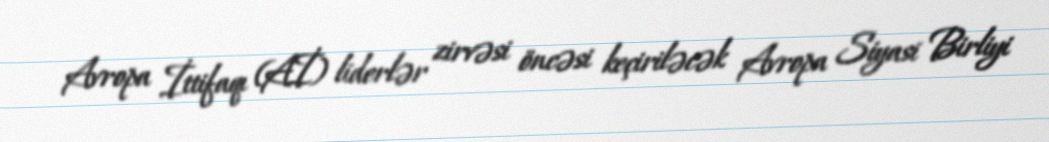
Avropa İttifaqı (Aİ) liderlər zirvəsi öncəsi keçiriləcək Avropa Siyasi Birliyi